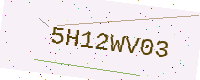
Text: 5H12WV03